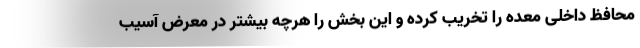
محافظ داخلی معده را تخریب کرده و این بخش را هرچه بیشتر در معرض آسیب